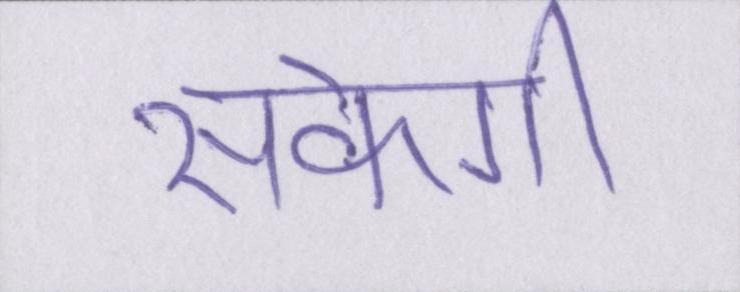
सकेगी